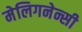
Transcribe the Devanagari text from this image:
मेलिगनेन्सी